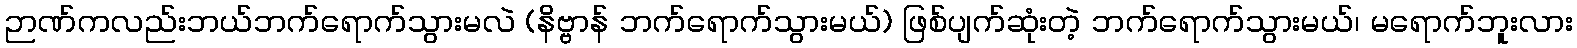
ဉာဏ်ကလည်းဘယ်ဘက်ရောက်သွားမလဲ (နိဗ္ဗာန် ဘက်ရောက်သွားမယ်) ဖြစ်ပျက်ဆုံးတဲ့ ဘက်ရောက်သွားမယ်၊ မရောက်ဘူးလား